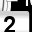
Digit: 2